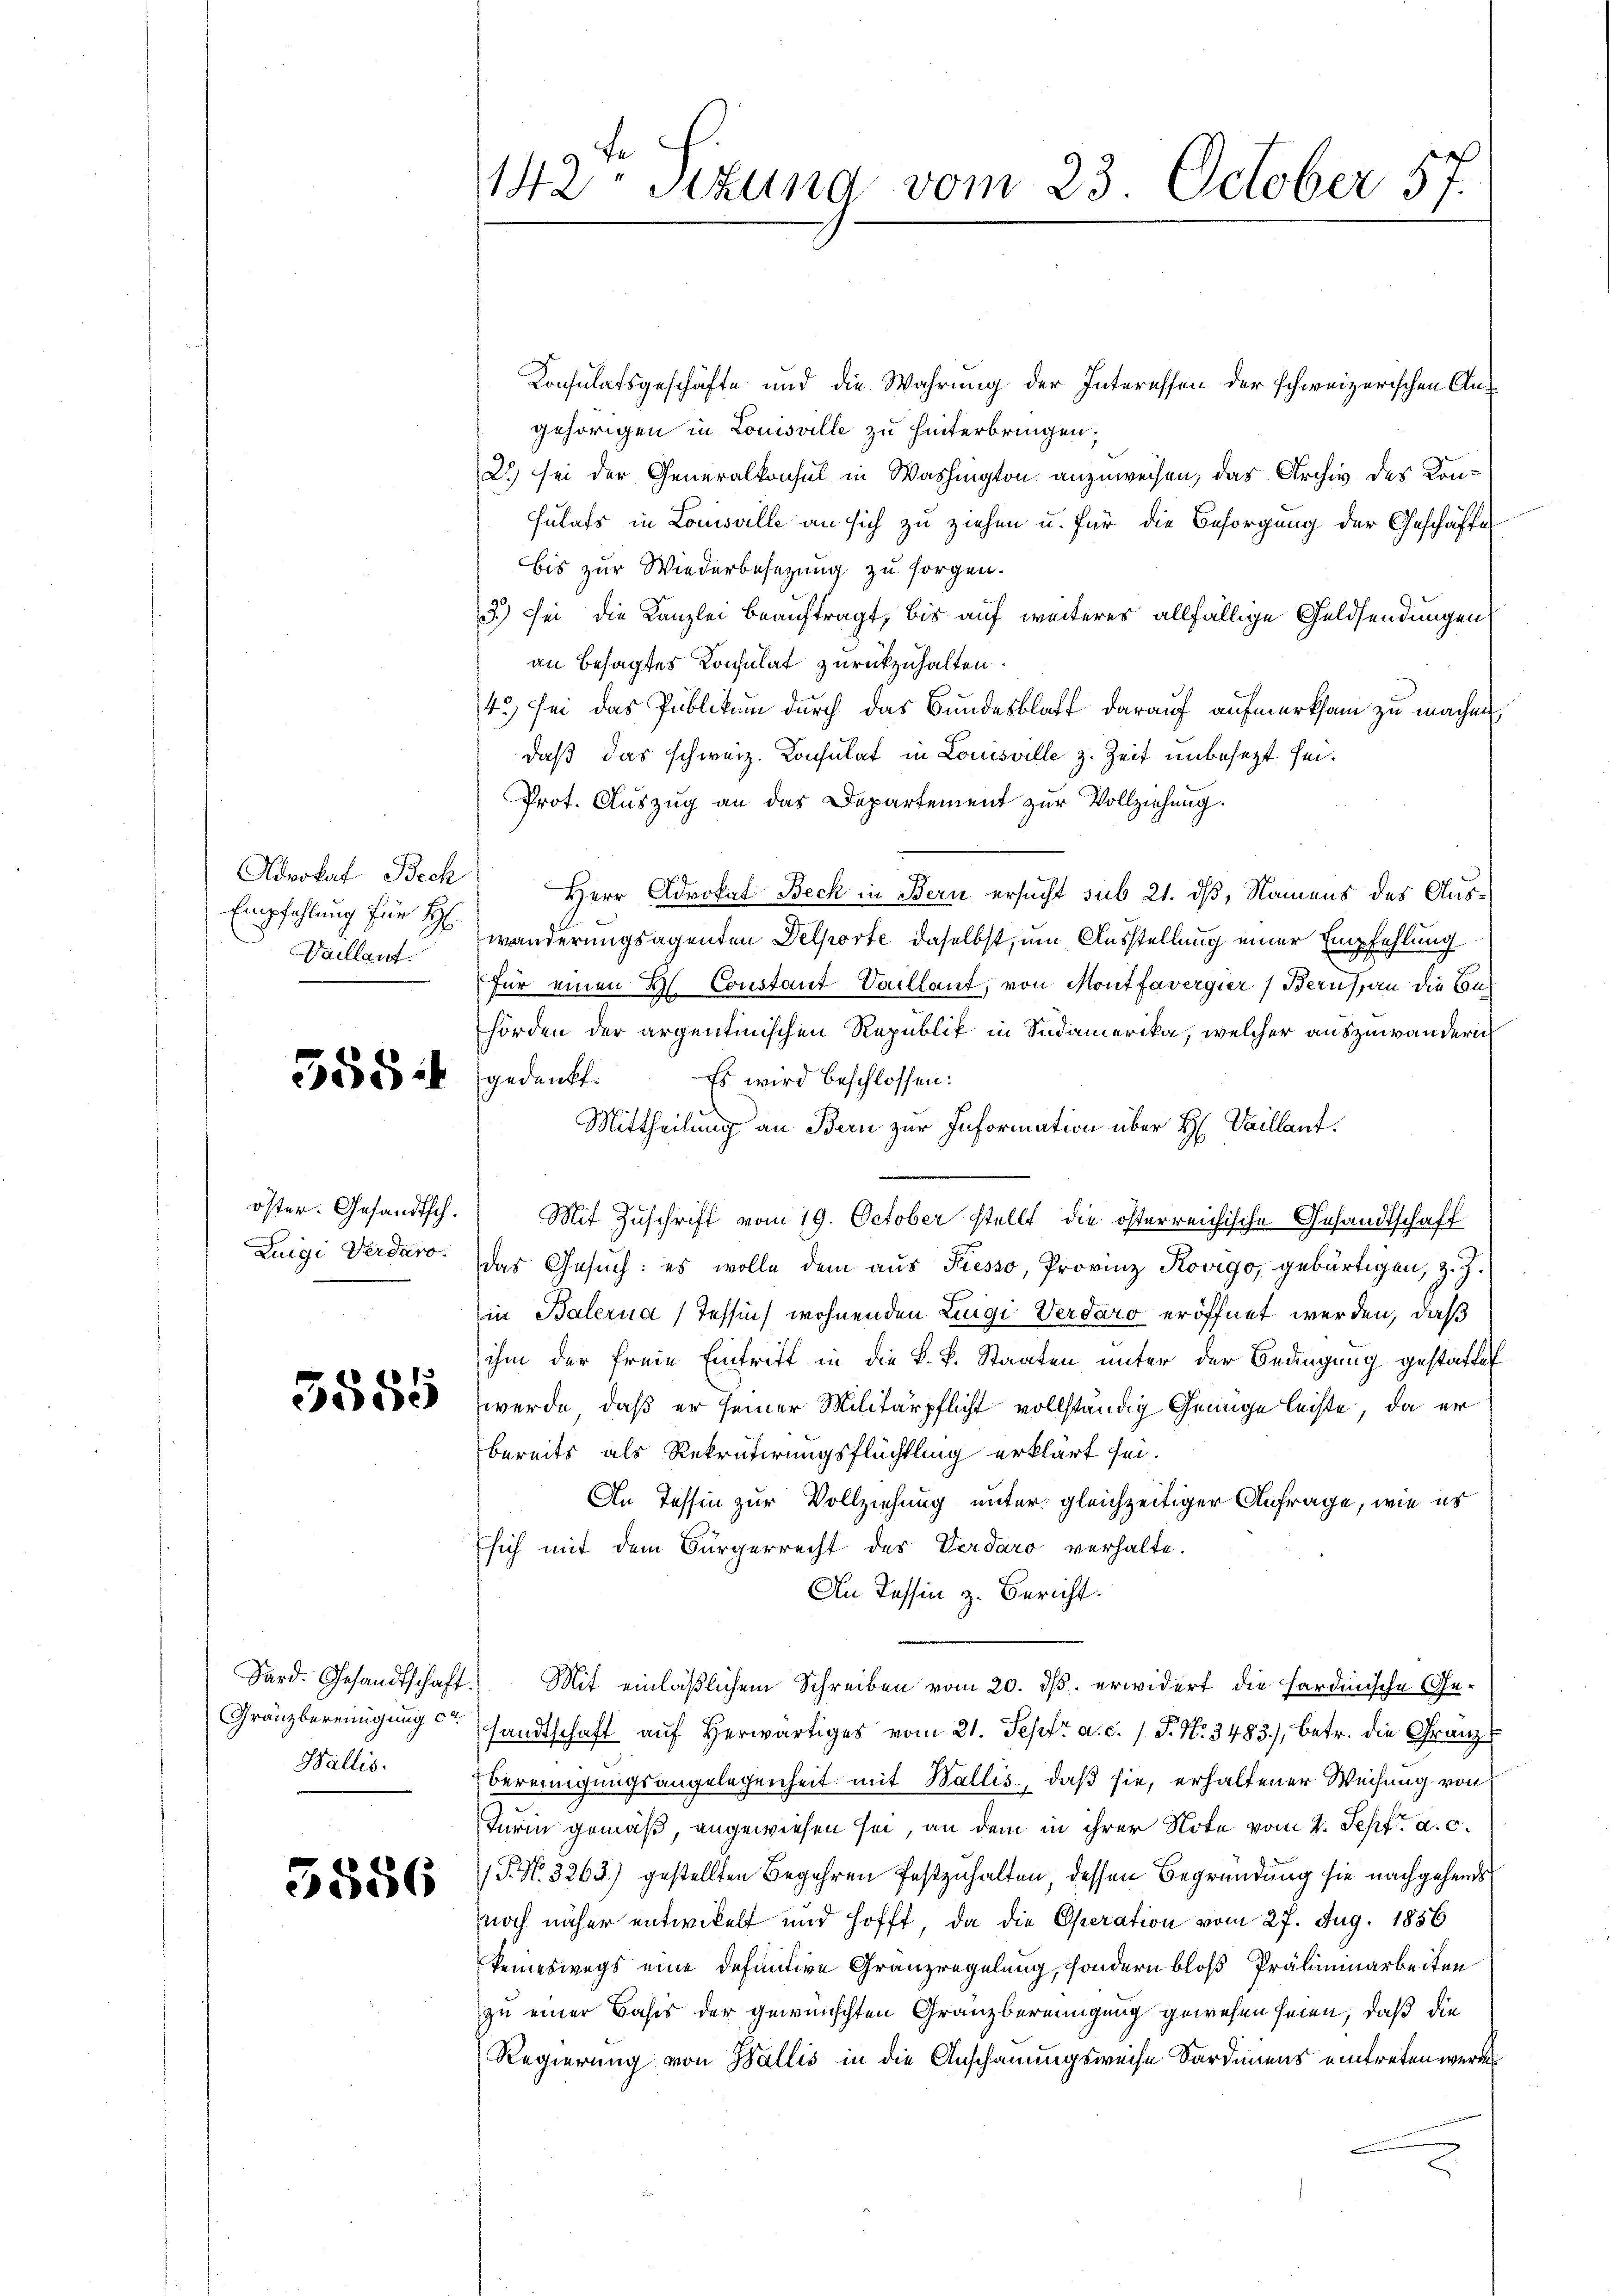
Advokat Bech
Empfehlung für H
Vaillant

358

Zuigi Verdaro.

5555

Wallis.

3586

142 sizung vom 23. October 57.

Konsulatsgeschäfte und die Wahrung der Interessen der schweizerischen Angehörigen in Louisville zu hinterbringen;
2.) sei der Generalkonsul in Washington anzuweisen, das Archiv des Kon¬
Fulats in Louisville an sich zu ziehen u. für die Besorgung der Geschäfte
bis zur Wiederbesezung zu sorgen.
3.) Sei die Kanzlei beauftragt, bis auf weiteres allfällige Geldsendungen
an besagtes Konsulat zurückzuhalten.
4.) sei das Publikum durch das Bundesblatt darauf aufmerksam zu machen,
daß das schweiz. Konsulat in Louisville z. Zeit unbesezt sei¬
Prot. Auszug an das Departement zur Vollziehung.
Herr Advokat Beck in Bern ersucht sub 21. dß, Namens des Auswanderungsagenten Delporte daselbst, um Ausstellung einer Empfehlung
für einen Hs. Constant Saillant, von Montfavergier, Beruf an die Conhörden der argentinischen Republik in Südamerika, welcher auszuwanderi
Es wird beschlossen:
gedenkt.
Mittheilung an Bern zur Information über H. Vaillant.
öster. Gesandtsch. Mit Zuschrift vom 19. October stellt die österreichische Gesandtschaft
das Gesuch: es wolle dem aus Presso, Provinz Rovigo, gebürtigen, z. Z.
in Balerna (Tessin, wohnenden Luigi Verdaro eröffnet werden, daß
ihm der freie Eintritt in die k.k. Staaten unter der Bedingung gestattet
werde, daß er seiner Militärpflicht vollständig Genüge leiste, da er
bereits als Rekrutirungsflüchtling erklärt sei.
An Tessin zur Vollziehung unter gleichzeitiger Anfrage, wie er
Esich mit dem Bürgerrecht des Verdaro verhalte.
An Tessin z. Bericht.
Sard. Gesandtschaft. Mit einläßlichem Schreiben vom 20. ds. erwidert die hardinische Ge¬
Gränzbereinigung sandtschaft auf herwärtiges vom 21. Sept. a. c. 1 P. N. 3483), betr. die Granz¬
Bereinigungsangelegenheit mit Wallis, daß sie, erhaltener Weisung von
Turin gemäß, angewiesen sei, an dem in ihrer Note vom 4. Sepfe a. c.
P. Nr. 3263) gestellten Begehren festzuhalten, dessen Begründung sie nachgehends
noch näher entwickelt und hofft, da die Operation vom 27. Aug. 1856
keineswegs eine definitive Gränzregelung, sondern bloß Präliminarbeiten
zu einer Basis der gewünschten Granzbereinigung gewesen seien, daß die
Regierung von Wallis in die Anschauungsweise Sardiens eintreten werden